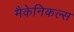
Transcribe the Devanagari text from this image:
मैकेनिकल्स